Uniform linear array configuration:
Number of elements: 48
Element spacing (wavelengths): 1
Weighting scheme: uniform
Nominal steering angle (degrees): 45
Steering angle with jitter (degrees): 44.435
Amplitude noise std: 0.05
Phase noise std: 0.05

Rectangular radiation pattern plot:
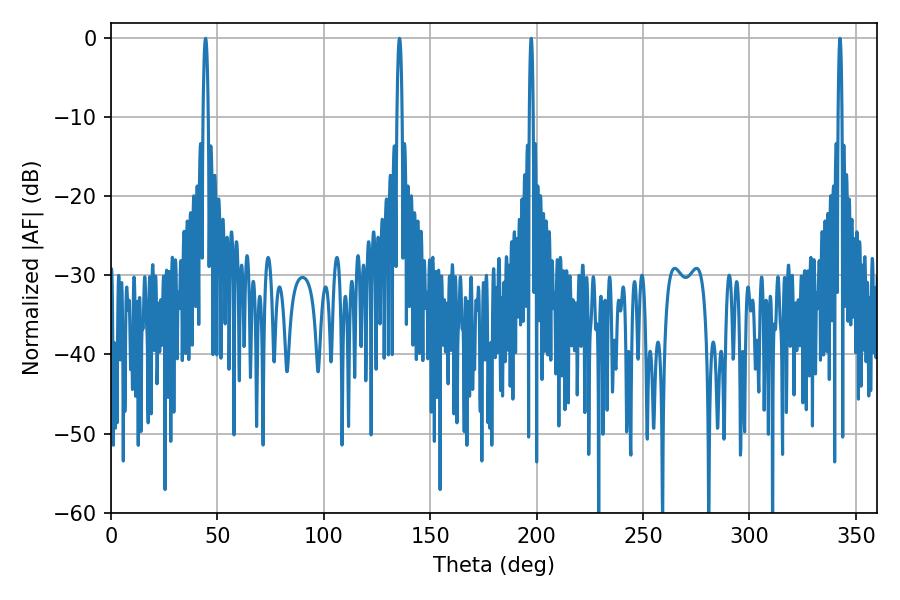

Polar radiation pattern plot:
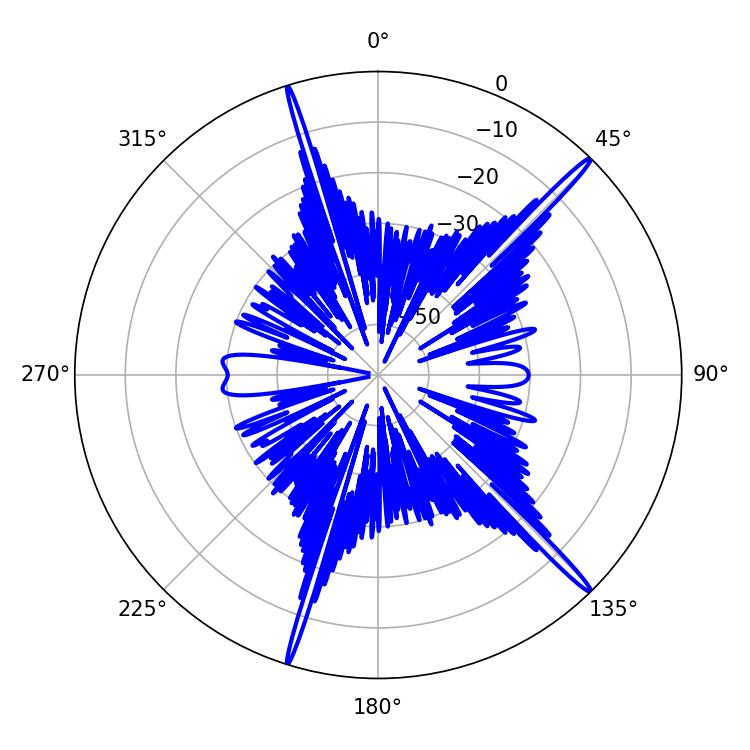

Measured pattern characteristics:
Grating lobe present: TRUE
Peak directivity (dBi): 18.613
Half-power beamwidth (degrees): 1.08
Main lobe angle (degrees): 342.54